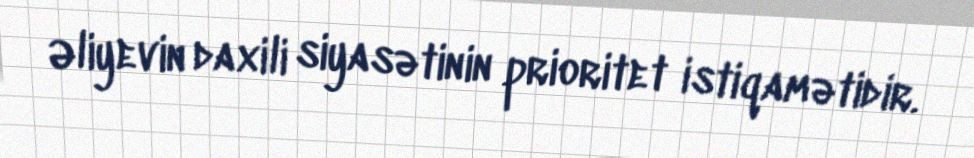
Əliyevin daxili siyasətinin prioritet istiqamətidir.